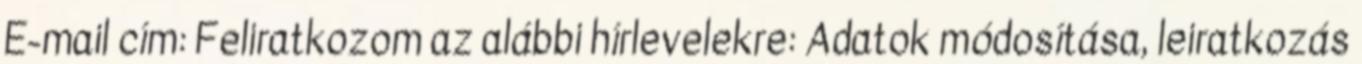
E-mail cím: Feliratkozom az alábbi hírlevelekre: Adatok módosítása, leiratkozás